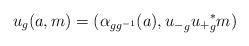
LaTeX: \begin{align*} u_g(a,m) = (\alpha_{g g^{-1}}(a), {u_-}_g {u_+}_g^* m )\end{align*}